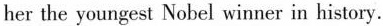
her the youngest Nobel winner in history.